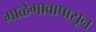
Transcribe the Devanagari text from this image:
माळेगावापासून